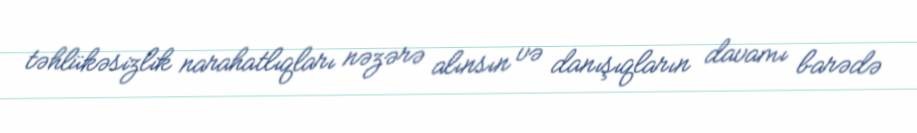
təhlükəsizlik narahatlıqları nəzərə alınsın və danışıqların davamı barədə